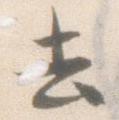
去